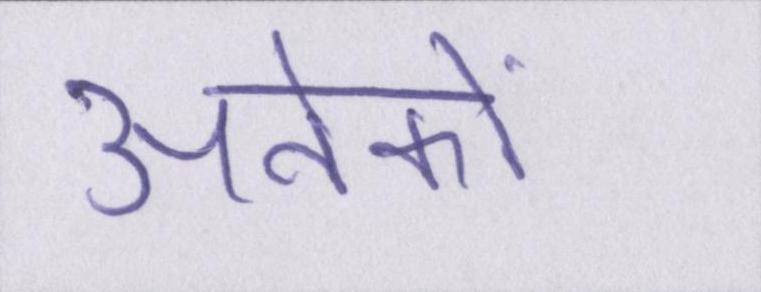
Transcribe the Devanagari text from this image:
अनेकों